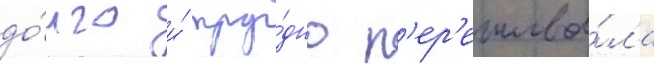
до́лго и́ тру́дно п'ер'ежива́ла